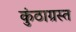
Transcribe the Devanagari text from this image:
कुंठाग्रस्त